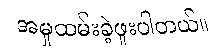
အမှုထမ်းခဲ့ဖူးပါတယ်။